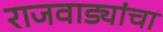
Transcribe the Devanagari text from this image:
राजवाड्यांचा